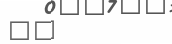
٨٥